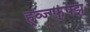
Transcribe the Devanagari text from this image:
ह्व्ज्ग्फ्फ्झ